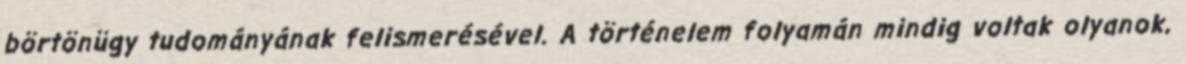
börtönügy tudományának felismerésével. A történelem folyamán mindig voltak olyanok,